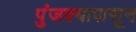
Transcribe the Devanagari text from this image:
पुंजक्यापासून